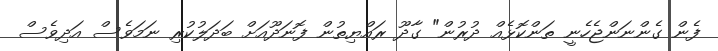
ފެން ގެންނަންޖެހެނީ ތަންކޮޅެއް ދުރުން" ގާދޫ ރައްޔިތުން ފޮނަދޫއަށް ބަދަލުކުރި ނަމަވެސް އަދިވެސް